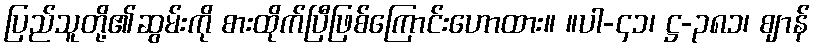
ပြည်သူတို့၏ဆွမ်းကို စားထိုက်ပြီဖြစ်ကြောင်းဟောထား။ ။ပါ-၄၁၊ ဋ္ဌ-၃၈၁၊ ဈာန်